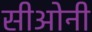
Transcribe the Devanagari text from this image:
सीओनी